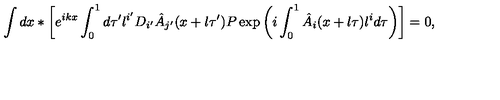
\int d x \ast \biggl [ e ^ { i k x } \int _ { 0 } ^ { 1 } d \tau ^ { \prime } l ^ { i ^ { \prime } } D _ { i ^ { \prime } } \hat { A } _ { j ^ { \prime } } ( x + l \tau ^ { \prime } ) P \exp \left( i \int _ { 0 } ^ { 1 } \hat { A } _ { i } ( x + l \tau ) l ^ { i } d \tau \right) \biggr ] = 0 ,